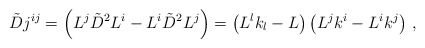
\begin{align*}\tilde{D} j^{i j} = \left( L^j \tilde{D}^2 L^i - L^i \tilde{D}^2 L^j \right) = \left( L^l k_l - L \right) \left(L^j k^i - L^i k^j \right)\,,\end{align*}